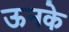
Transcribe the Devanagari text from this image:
ऊनके